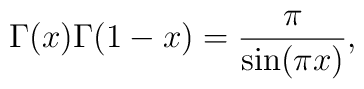
\Gamma(x)\Gamma(1-x)=\frac\pi{\sin(\pi x)},